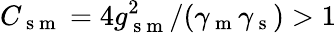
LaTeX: C_{\mathrm{~s~m~}}=4g_{\mathrm{~s~m~}}^{2}/(\gamma_{\mathrm{~m~}}\gamma_{\mathrm{~s~}})>1